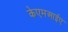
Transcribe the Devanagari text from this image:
केएमआईए